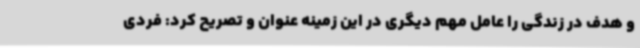
و هدف در زندگی را عامل مهم دیگری در این زمینه عنوان و تصریح کرد: فردی